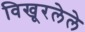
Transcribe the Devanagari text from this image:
विखूरलेले